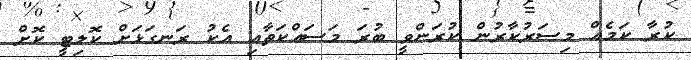
ކުރާ ކަމެއް މިސަރުކާރުން ކުރަންވީ ބުރަ މަސައްކަތާއި އެކު ރަނގަޅަށް ކޮލިޓީ ކޮށް